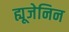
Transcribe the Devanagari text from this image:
ह्यूजेनिन